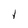
Character: l